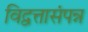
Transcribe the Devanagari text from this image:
विद्वत्तासंपन्न